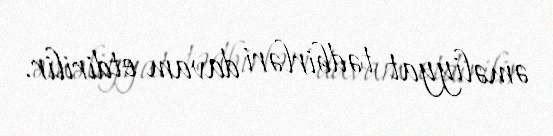
əməliyyat tədbirləri davam etdirilir.